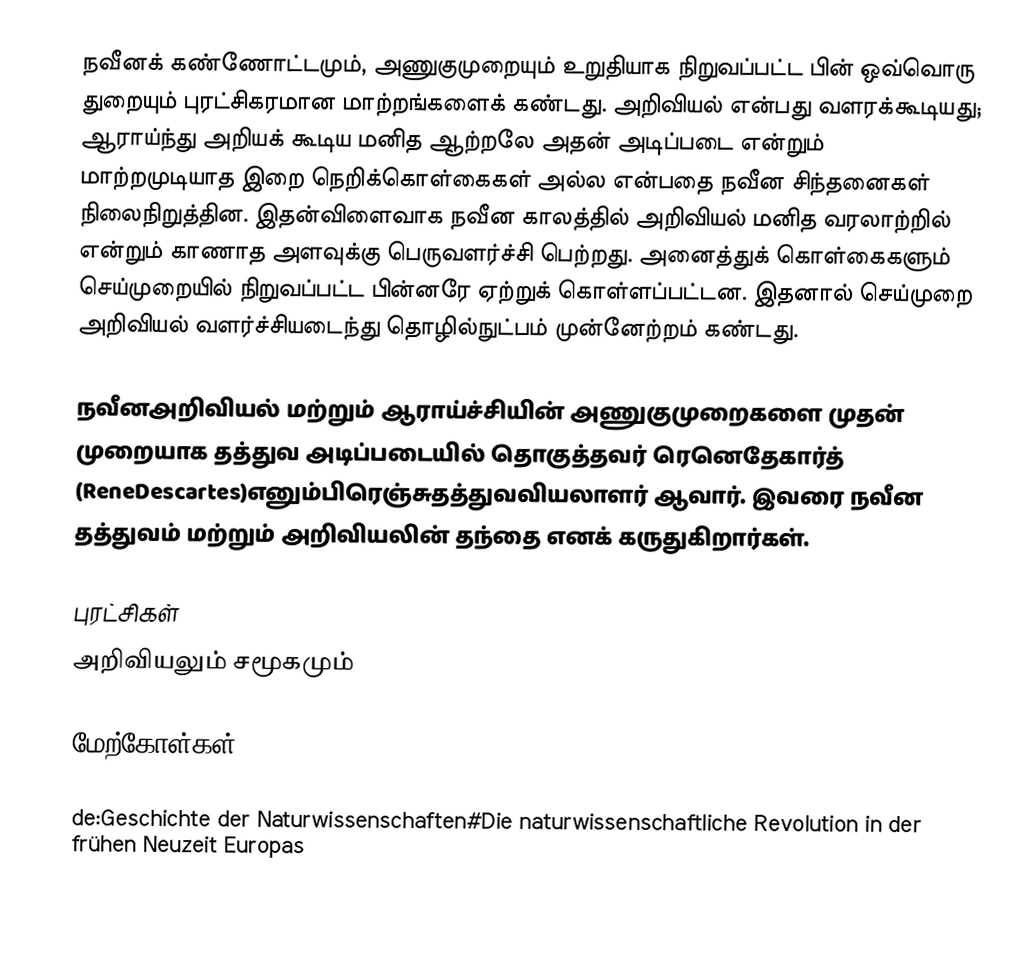
நவீனக் கண்ணோட்டமும், அணுகுமுறையும் உறுதியாக நிறுவப்பட்ட பின் ஒவ்வொரு துறையும் புரட்சிகரமான மாற்றங்களைக் கண்டது. அறிவியல் என்பது வளரக்கூடியது; ஆராய்ந்து அறியக் கூடிய மனித ஆற்றலே அதன் அடிப்படை என்றும் மாற்றமுடியாத இறை நெறிக்கொள்கைகள் அல்ல என்பதை நவீன சிந்தனைகள் நிலைநிறுத்தின. இதன்விளைவாக நவீன காலத்தில் அறிவியல் மனித வரலாற்றில் என்றும் காணாத அளவுக்கு பெருவளர்ச்சி பெற்றது. அனைத்துக் கொள்கைகளும் செய்முறையில் நிறுவப்பட்ட பின்னரே ஏற்றுக் கொள்ளப்பட்டன. இதனால் செய்முறை அறிவியல் வளர்ச்சியடைந்து தொழில்நுட்பம் முன்னேற்றம் கண்டது.

நவீனஅறிவியல் மற்றும் ஆராய்ச்சியின் அணுகுமுறைகளை முதன் முறையாக தத்துவ அடிப்படையில் தொகுத்தவர் ரெனெதேகார்த் (ReneDescartes)எனும்பிரெஞ்சுதத்துவவியலாளர் ஆவார். இவரை நவீன தத்துவம் மற்றும் அறிவியலின் தந்தை எனக் கருதுகிறார்கள்.

புரட்சிகள்
அறிவியலும் சமூகமும்

மேற்கோள்கள்

de:Geschichte der Naturwissenschaften#Die naturwissenschaftliche Revolution in der frühen Neuzeit Europas